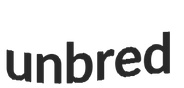
unbred